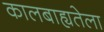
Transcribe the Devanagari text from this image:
कालबाह्यतेला